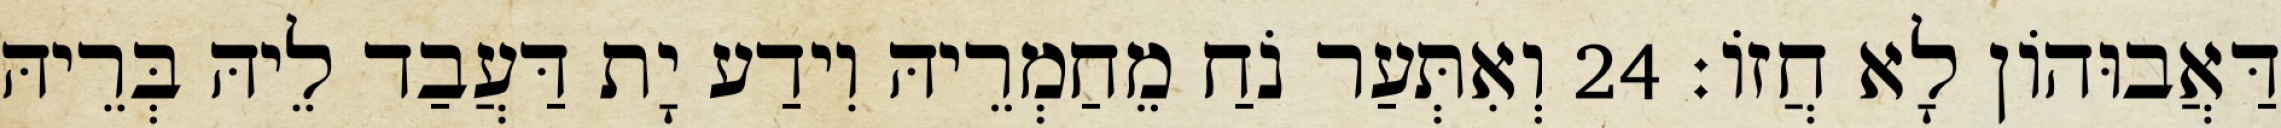
דַּאֲבוּהוֹן לָא חֲזוֹ׃ 24 וְאִתְּעַר נֹחַ מֵחַמְרֵיהּ וִידַע יָת דַּעֲבַד לֵיהּ בְּרֵיהּ